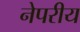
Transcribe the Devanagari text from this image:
नेपरीय